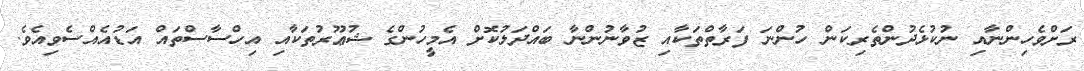
ރަށްވެހިންނާއި ނުކުޅެދުންތެރިކަން ހުންނަ ފަރާތްތަކާއި ޒުވާނުންނާ ބައްދަލުކޮށް އެމީހުންގެ ޝުޢޫރުތަކާއި އިހްސާސްތައް އަޑުއެއްސެވިއެވެ.